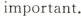
important.